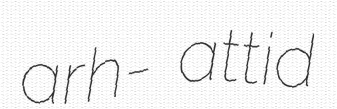
arh- attid